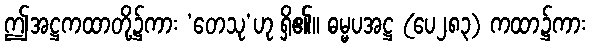
ဤအဋ္ဌကထာတို့၌ကား ‘တေသု’ဟု ရှိ၏။ ဓမ္မပအဋ္ဌ (ပေ၂၈၃) ကထာ၌ကား